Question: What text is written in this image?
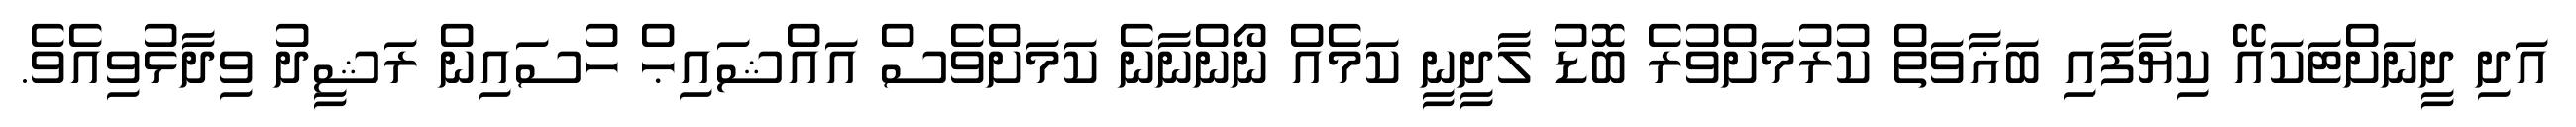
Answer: އަދި ދީނަށްޓަކައޭ ކިޔާފައި ބަޣާވަތް ކުރުމަށްވުރެ ބޮޑު ލާދީނީ ކަމެއް ނޯންނާނެ ކަމަށްވެސް އައްޝައިޙް ހުސައިން ރަޝީދު ވިދާޅުވިއެވެ.